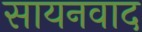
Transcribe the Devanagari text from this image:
सायनवाद